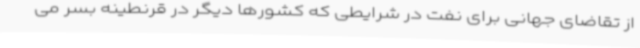
از تقاضای جهانی برای نفت در شرایطی که کشورها دیگر در قرنطینه بسر می